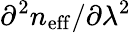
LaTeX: \partial^{2}n_{\mathrm{eff}}/\partial\lambda^{2}